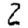
Digit: 2